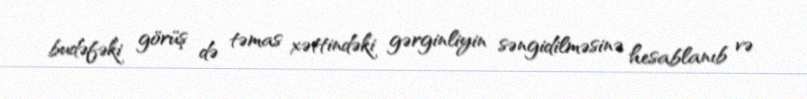
budəfəki görüş də təmas xəttindəki gərginliyin səngidilməsinə hesablanıb və